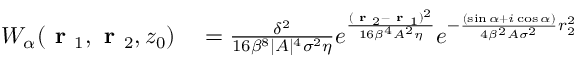
\begin{array} { r l } { W _ { \alpha } ( \textbf { r } _ { 1 } , \textbf { r } _ { 2 } , z _ { 0 } ) } & { { } = \frac { \delta ^ { 2 } } { 1 6 \beta ^ { 8 } \lvert A \rvert ^ { 4 } \sigma ^ { 2 } \eta } e ^ { \frac { ( \textbf { r } _ { 2 } - \textbf { r } _ { 1 } ) ^ { 2 } } { 1 6 \beta ^ { 4 } A ^ { 2 } \eta } } e ^ { - \frac { ( \sin { \alpha } + i \cos { \alpha } ) } { 4 \beta ^ { 2 } A \sigma ^ { 2 } } r _ { 2 } ^ { 2 } } } \end{array}